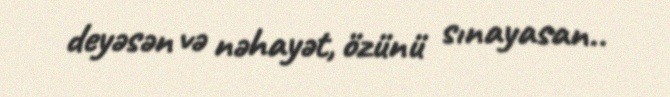
deyəsən və nəhayət, özünü sınayasan..